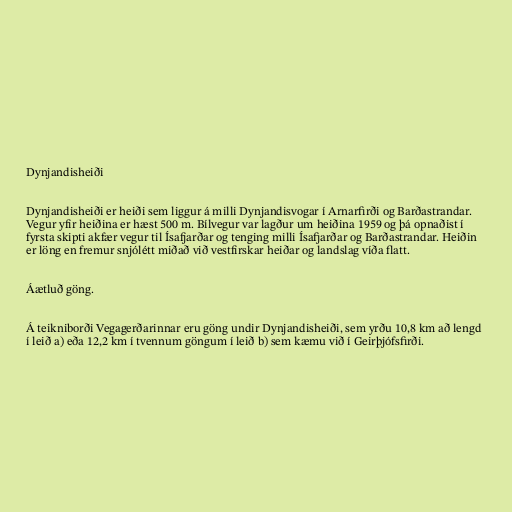
Dynjandisheiði

Dynjandisheiði er heiði sem liggur á milli Dynjandisvogar í Arnarfirði og Barðastrandar.
Vegur yfir heiðina er hæst 500 m. Bílvegur var lagður um heiðina 1959 og þá opnaðist í
fyrsta skipti akfær vegur til Ísafjarðar og tenging milli Ísafjarðar og Barðastrandar. Heiðin
er löng en fremur snjólétt miðað við vestfirskar heiðar og landslag víða flatt.

Áætluð göng.

Á teikniborði Vegagerðarinnar eru göng undir Dynjandisheiði, sem yrðu 10,8 km að lengd
í leið a) eða 12,2 km í tvennum göngum í leið b) sem kæmu við í Geirþjófsfirði.